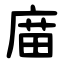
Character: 庿